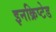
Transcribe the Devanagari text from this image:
इनक्रिप्टेड